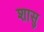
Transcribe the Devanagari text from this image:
शासु